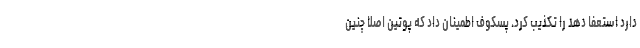
دارد استعفا دهد را تکذیب کرد. پسکوف اطمینان داد که پوتین اصلا چنین